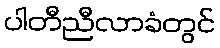
ပါတီညီလာခံတွင်